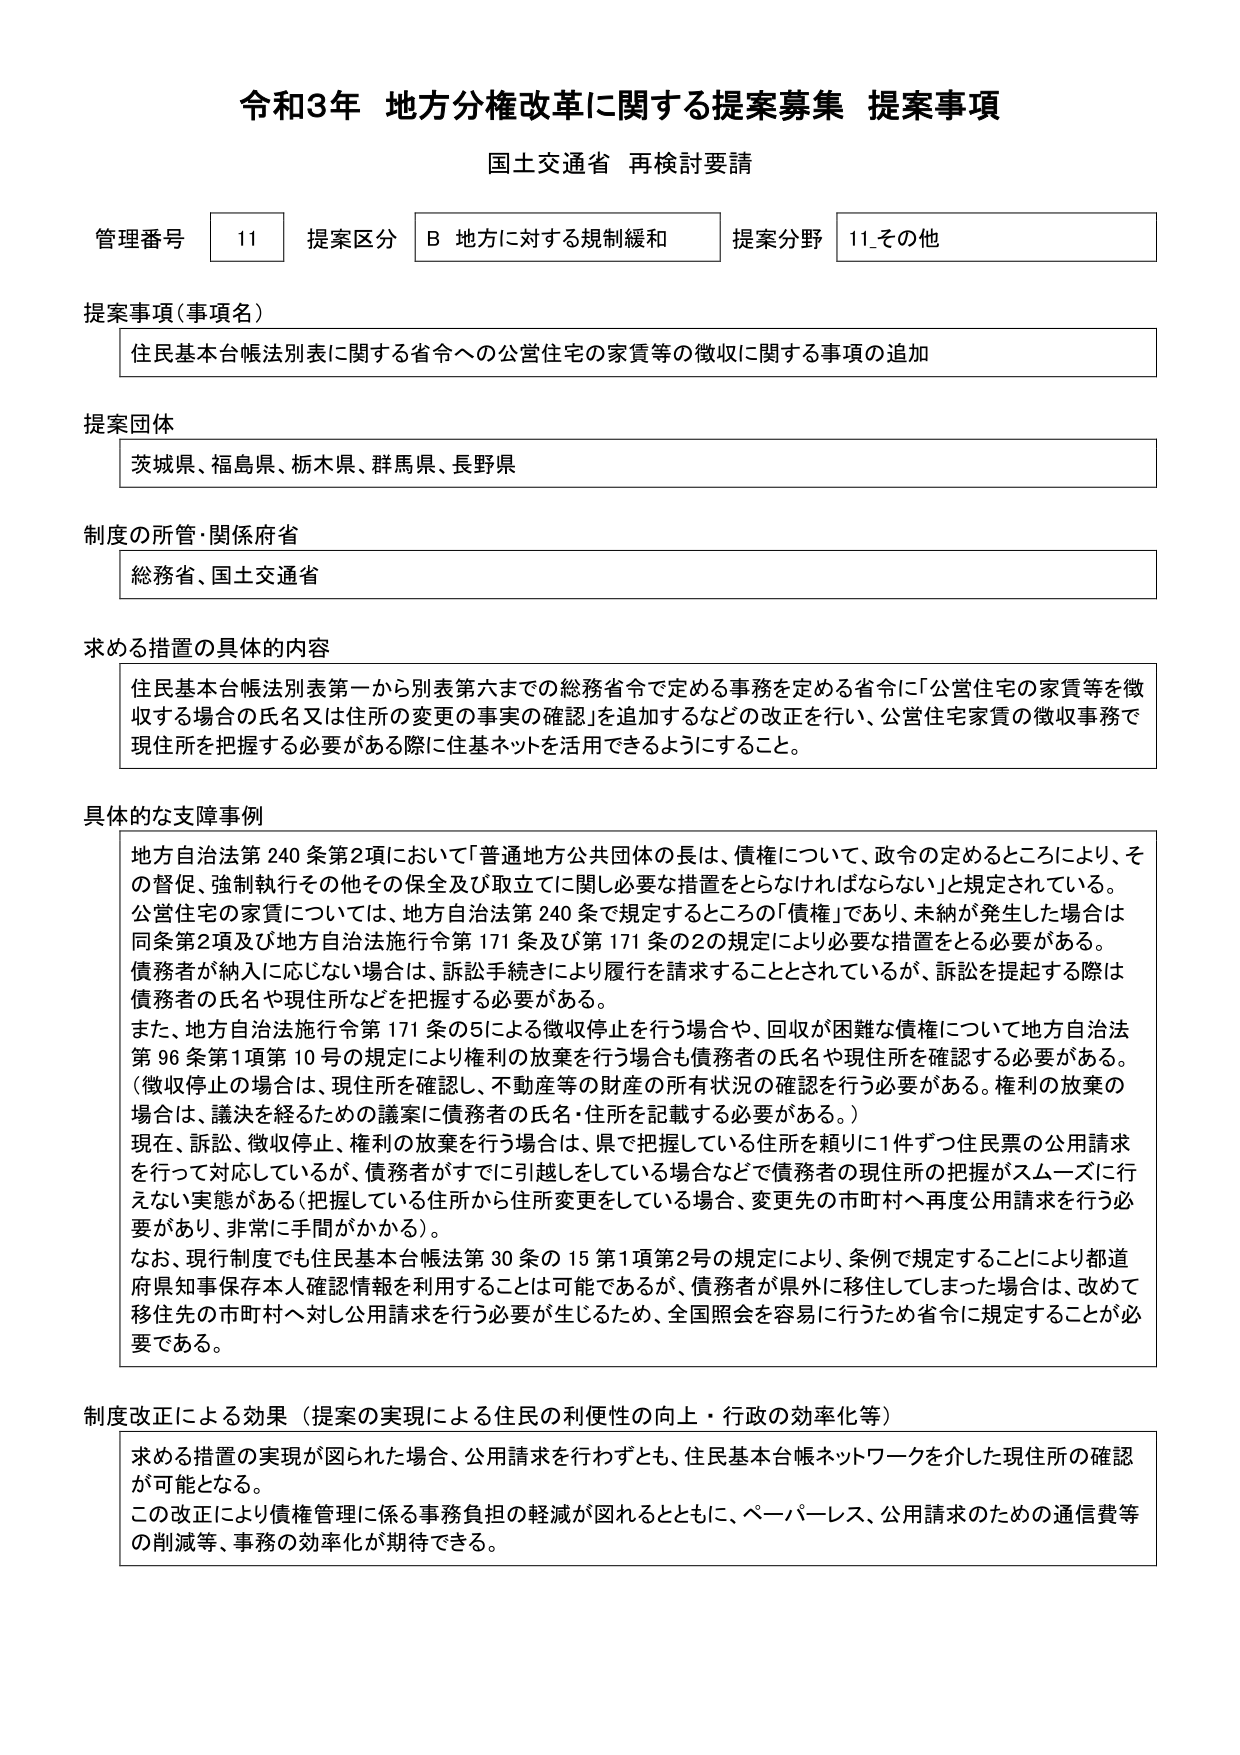
令和3年 地方分権改革に関する提案募集 提案事項
国土交通省 再検討要請

管理番号 11 提案区分 B 地方に対する規制緩和 提案分野 11_その他

提案事項（事項名）
住民基本台帳法別表に関する省令への公営住宅の家賃等の徴収に関する事項の追加

提案団体
茨城県、福島県、栃木県、群馬県、長野県

制度の所管・関係府省
総務省、国土交通省

求める措置の具体的内容
住民基本台帳法別表第一から別表第六までの総務省令で定める事務を定める省令に「公営住宅の家賃等を徴収する場合の氏名又は住所の変更の事実の確認」を追加するなどの改正を行い、公営住宅家賃の徴収事務で現住所を把握する必要がある際に住基ネットを活用できるようにすること。

具体的な支障事例
地方自治法第240条第2項において「普通地方公共団体の長は、債権について、政令の定めるところにより、その督促、強制執行その他その保全及び取立てに関し必要な措置をとらなければならない」と規定されている。
公営住宅の家賃については、地方自治法第240条で規定するところの「債権」であり、未納が発生した場合は同条第2項及び地方自治法施行令第171条及び第171条の2の規定により必要な措置をとる必要がある。
債務者が納入に応じない場合は、訴訟手続きにより履行を請求することとされているが、訴訟を提起する際は債務者の氏名や現住所などを把握する必要がある。
また、地方自治法施行令第171条の5による徴収停止を行う場合や、回収が困難な債権について地方自治法第96条第1項第10号の規定により権利の放棄を行う場合も債務者の氏名や現住所を確認する必要がある。
（徴収停止の場合は、現住所を確認し、不動産等の財産の所有状況の確認も必要がある。権利の放棄の場合は、議決を経るための議案に債務者の氏名・住所を記載する必要がある。）
現在、訴訟、徴収停止、権利の放棄を行う場合は、県で把握している住所を頼りに1件ずつ住民票の公用請求を行って対応しているが、債務者がすでに引越しをしている場合などで債務者の現住所の把握がスムーズに行えない実態がある（把握している住所から住所変更をしている場合、変更先の市町村へ再度公用請求を行う必要があり、非常に手間がかかる）。
なお、現行制度でも住民基本台帳法第30条の15第1項第2号の規定により、条例で規定することにより都道府県知事保存本人確認情報を利用することは可能であるが、債務者が県外に移住してしまった場合は、改めて移住先の市町村へ対し公用請求を行う必要が生じるため、全国照会を容易に行うため省令に規定することが必要である。

制度改正による効果（提案の実現による住民の利便性の向上・行政の効率化等）
求める措置の実現が図られた場合、公用請求を行わずとも、住民基本台帳ネットワークを介した現住所の確認が可能となる。
この改正により債権管理に係る事務負担の軽減が図れるとともに、ペーパーレス、公用請求のための通信費等の削減等、事務の効率化が期待できる。